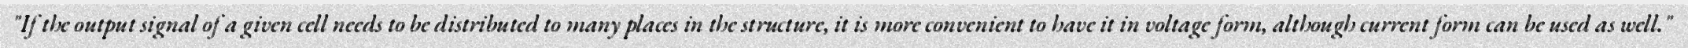
"If the output signal of a given cell needs to be distributed to many places in the structure, it is more convenient to have it in voltage form, although current form can be used as well."